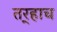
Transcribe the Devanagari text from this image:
तर्‍हाच